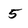
Character: 5